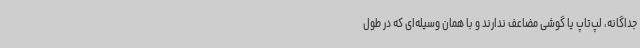
جداگانه، لپ‌تاپ یا گوشی مضاعف ندارند و با همان وسیله‌ای که در طول